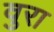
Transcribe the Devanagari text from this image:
वुरा